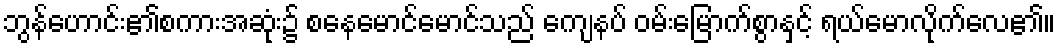
ဘွန်ဟောင်း၏စကားအဆုံး၌ စနေမောင်မောင်သည် ကျေနပ် ဝမ်းမြောက်စွာနှင့် ရယ်မောလိုက်လေ၏။